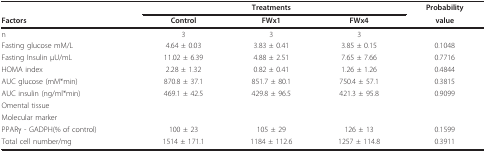
<table><thead><tr><td></td><td></td><td><b>Treatments</b></td><td></td><td><b>Probability</b></td></tr><tr><td><b>Factors</b></td><td><b>Control</b></td><td><b>FWx1</b></td><td><b>FWx4</b></td><td><b>value</b></td></tr></thead><tbody><tr><td>n</td><td>3</td><td>3</td><td>3</td><td></td></tr><tr><td>Fasting glucose mM/L</td><td>4.64 ± 0.03</td><td>3.83 ± 0.41</td><td>3.85 ± 0.15</td><td>0.1048</td></tr><tr><td>Fasting Insulin μU/mL</td><td>11.02 ± 6.39</td><td>4.88 ± 2.51</td><td>7.65 ± 7.66</td><td>0.7716</td></tr><tr><td>HOMA index</td><td>2.28 ± 1.32</td><td>0.82 ± 0.41</td><td>1.26 ± 1.26</td><td>0.4844</td></tr><tr><td>AUC glucose (mM*min)</td><td>870.8 ± 37.1</td><td>851.7 ± 80.1</td><td>750.4 ± 57.1</td><td>0.3815</td></tr><tr><td>AUC insulin (ng/ml*min)</td><td>469.1 ± 42.5</td><td>429.8 ± 96.5</td><td>421.3 ± 95.8</td><td>0.9099</td></tr><tr><td>Omental tissue</td><td></td><td></td><td></td><td></td></tr><tr><td>Molecular marker</td><td></td><td></td><td></td><td></td></tr><tr><td>PPARγ - GADPH(% of control)</td><td>100 ± 23</td><td>105 ± 29</td><td>126 ± 13</td><td>0.1599</td></tr><tr><td>Total cell number/mg</td><td>1514 ± 171.1</td><td>1184 ± 112.6</td><td>1257 ± 114.8</td><td>0.3911</td></tr></tbody></table>